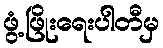
ဖွံ့ဖြိုးရေးပါတီမှ